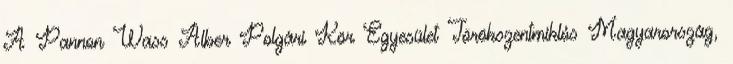
A Pannon Wass Alber Polgári Kör Egyesület Törökszentmiklós Magyarország,